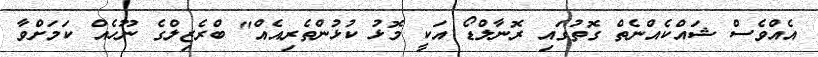
އެއްވެސް ޝައްކެއްނެތް ގޮތުގައި ރޮނާލްޑޯ އަކީ މޮޅު ކުޅުންތެރިއެއް" ބްރެޒިލްގެ ނޫހެއް ކަމަށްވާ